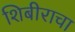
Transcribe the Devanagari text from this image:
शिबीराचा